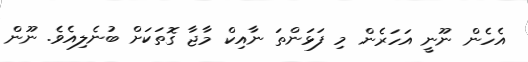
އެހެން ނޫނީ އަހަރެން މި ފަޅަންތަ ނާއިކް މާޖާ ގޮތަކަށް ބުނެލިއެވެ. ނޫން